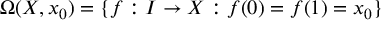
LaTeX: \Omega ( X , x _ { 0 } ) = \{ f : I \to X : f ( 0 ) = f ( 1 ) = x _ { 0 } \}